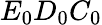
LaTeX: E_{0}D_{0}C_{0}